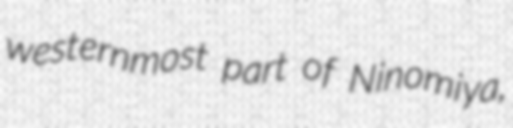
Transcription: westernmost part of Ninomiya,